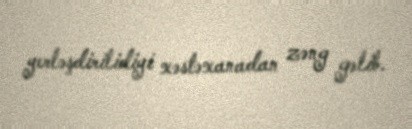
yerləşdirilidiyi xəstəxanadan zəng gəlib.